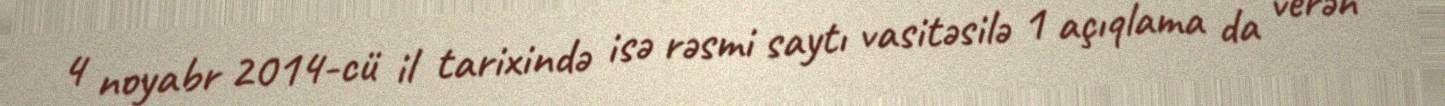
4 noyabr 2014-cü il tarixində isə rəsmi saytı vasitəsilə 1 açıqlama da verən